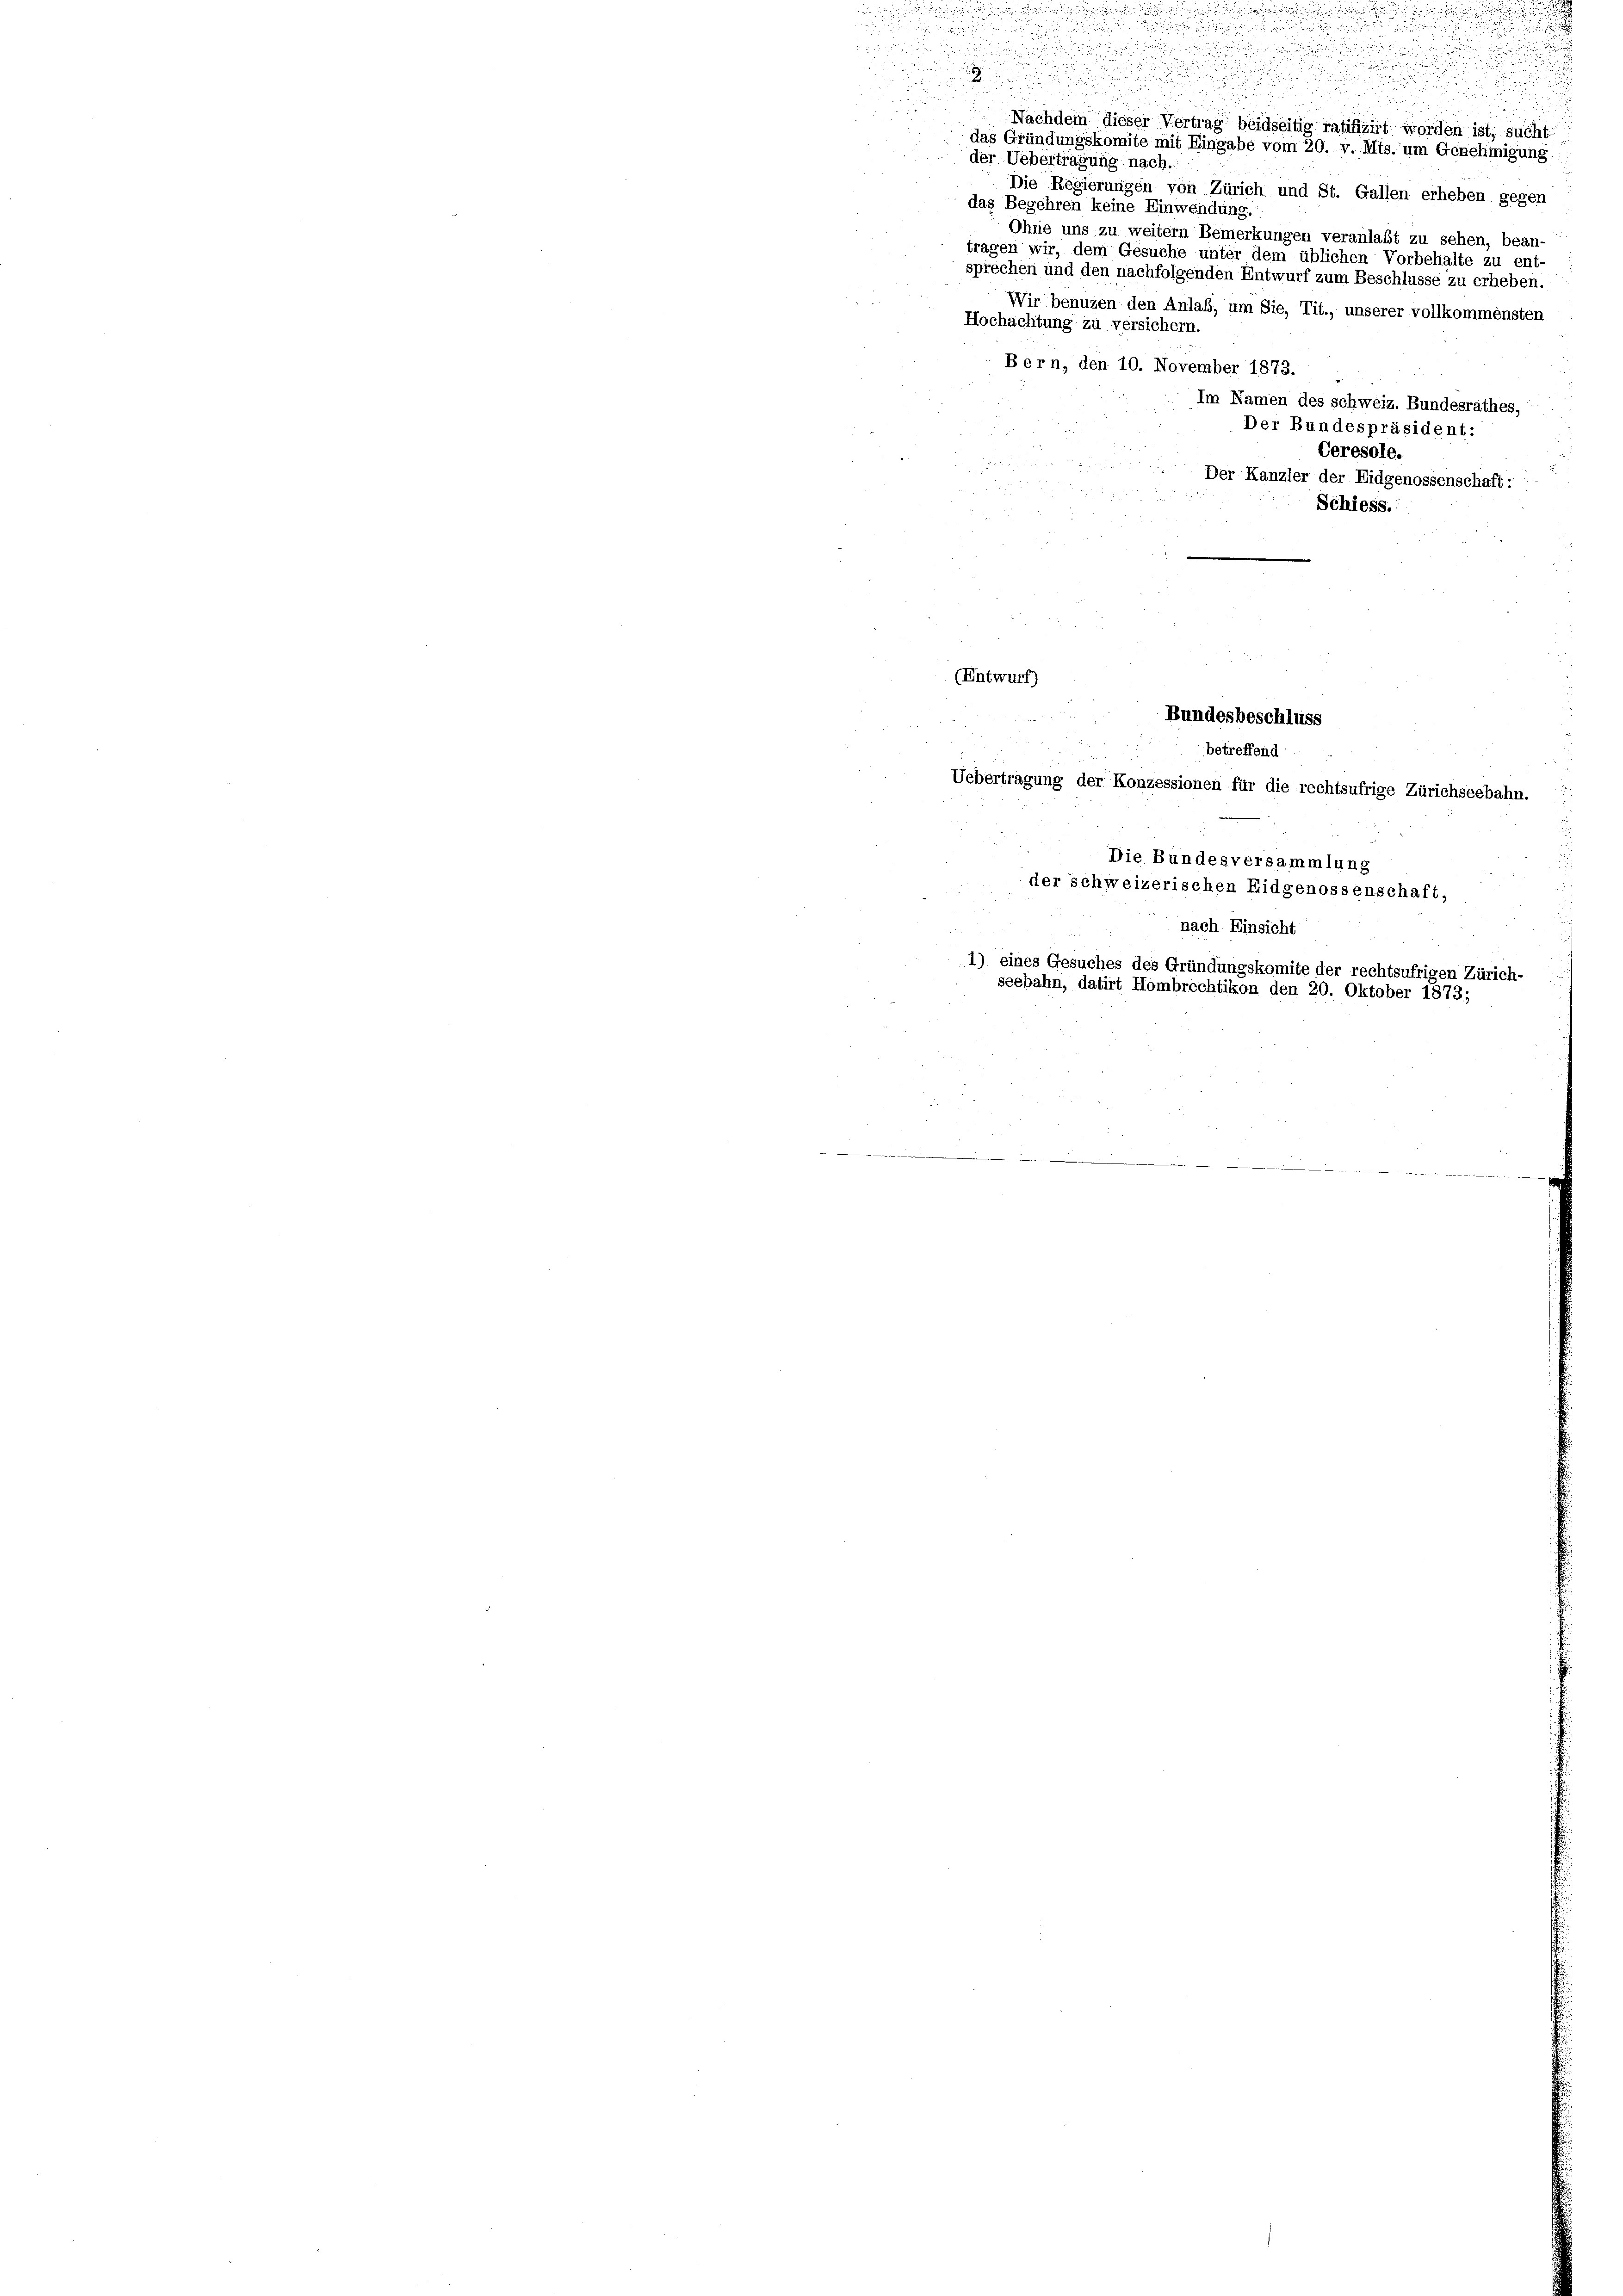
e
das Gründungskomite mit Eingabe vom 20. v. Mts. um Genehmigung:
der Uebertragung nach.
Die Regierungen von Zürich und St. Gallen erheben gegen
das Begehren keine Einwendung.
Ohne uns zu weitern Bemerkungen veranlaßt zu sehen, bean-
tragen wir, dem Gesuche unter dem üblichen Vorbehalte zu ent-
sprechen und den nachfolgenden Entwurf zum Beschlusse zu erheben.
Wir benuzen den Anlaß, um Sie, Tit., unserer vollkommensten
Hochachtung zu versichern.
Bern, den 10. November 1873.
Im Namen des schweiz. Bundesrathes,
Der Bundespräsident:
Ceresole.

Der Kanzler der Eidgenossenschaft:
a
Schiess.

n

2
u
u
Nachdem dieser Vertrag beidseitig ratifizirt worden ist, sucht

(Entwurf)
Die Bundesversammlung
der schweizerischen Eidgenossenschaft,
nach Einsicht
1) eines Gesuches des Gründungskomite der rechtsufrigen Zürich-

Bundesbeschluss
betreffend
Uebertragung der Konzessionen für die rechtsufrige Zürichseebahn.

seebahn, datirt Hombrechtikon den 20. Oktober 1873;
d
.